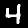
Label: 4